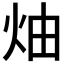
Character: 𱪳